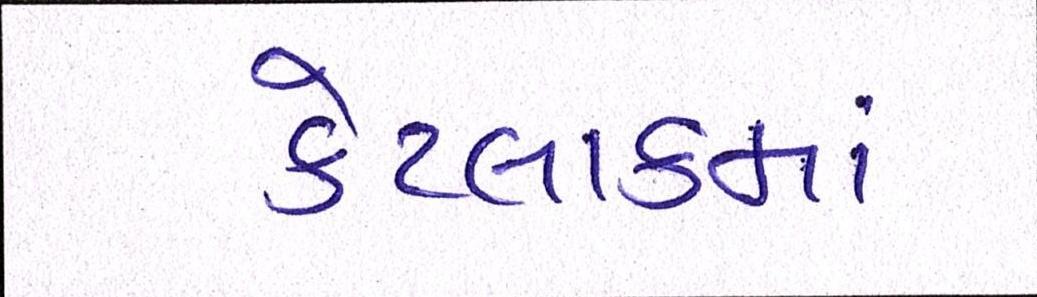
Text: કેટલાકમાં